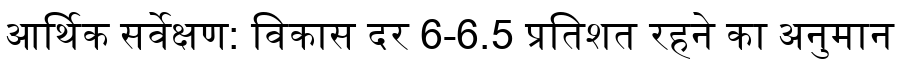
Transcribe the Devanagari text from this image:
आर्थिक सर्वेक्षण: विकास दर 6-6.5 प्रतिशत रहने का अनुमान